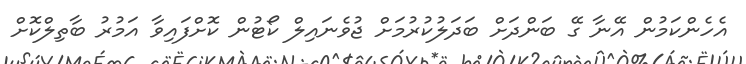
އެހެންކަމުން އޭނާ ގޭ ބަންދަށް ބަދަލުކުރުމަށް ޖުވެނައިލް ކޯޓުން ކޮށްފައިވާ އަމުރު ބާތިލްކޮށް